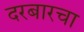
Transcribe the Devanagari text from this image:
दरबारचा